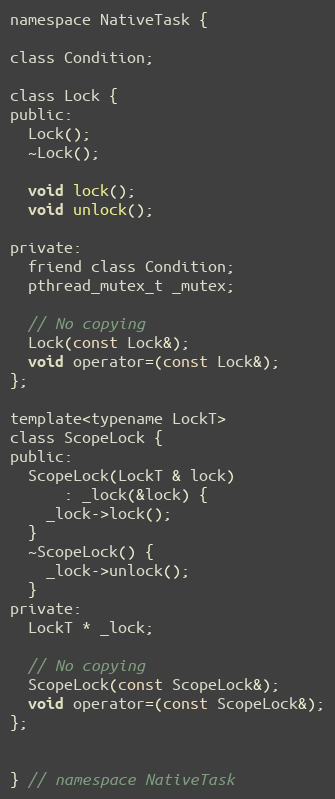
Language: C
namespace NativeTask {

class Condition;

class Lock {
public:
  Lock();
  ~Lock();

  void lock();
  void unlock();

private:
  friend class Condition;
  pthread_mutex_t _mutex;

  // No copying
  Lock(const Lock&);
  void operator=(const Lock&);
};

template<typename LockT>
class ScopeLock {
public:
  ScopeLock(LockT & lock)
      : _lock(&lock) {
    _lock->lock();
  }
  ~ScopeLock() {
    _lock->unlock();
  }
private:
  LockT * _lock;

  // No copying
  ScopeLock(const ScopeLock&);
  void operator=(const ScopeLock&);
};

} // namespace NativeTask